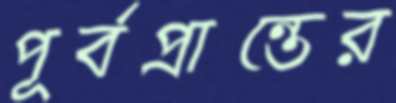
পূর্বপ্রান্তের